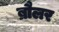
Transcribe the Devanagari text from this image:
ब्रौलर